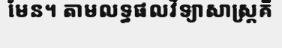
មែន។ តាមលទ្ធផលវិទ្យាសាស្ត្រគឺ